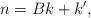
LaTeX: \begin{align*}n = B k + k^\prime, \end{align*}